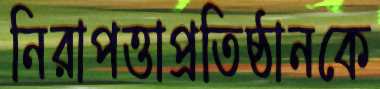
নিরাপত্তাপ্রতিষ্ঠানকে